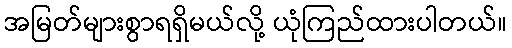
အမြတ်များစွာရရှိမယ်လို့ ယုံကြည်ထားပါတယ်။